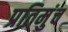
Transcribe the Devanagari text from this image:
प्रतिमुंच